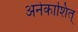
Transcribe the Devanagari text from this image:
अनेकाशित्‌